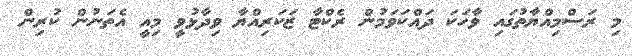
މި ރަސްމިއްޔާތުގައި ވާހަކަ ދައްކަވަމުން ރެކްޓާ ޒަކަރިއްޔާ ވިދާޅުވީ މިއީ އެތަނުން ކުރިން